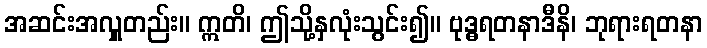
အဆင်းအလှူတည်း။ ဣတိ၊ ဤသို့နှလုံးသွင်း၍။ ဗုဒ္ဓရတနာဒီနိ၊ ဘုရားရတနာ